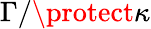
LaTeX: \Gamma/\protect\kappa